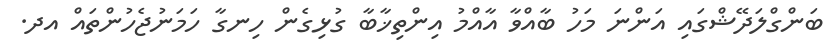
ބަންގްލަދޭޝްގައި އަންނަ މަހު ބާއްވާ އާއްމު އިންތިޚާބާ ގުޅިގެން ހިނގާ ހަމަނުޖެހުންތައް އދ.